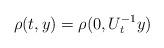
LaTeX: \begin{align*}\rho(t,y)=\rho(0,U_{t}^{-1}y)\end{align*}